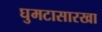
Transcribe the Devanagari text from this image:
घुमटासारखा